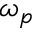
\omega _ { p }